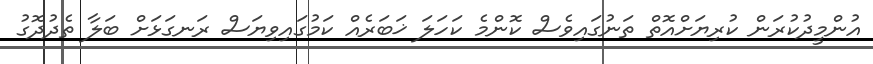
އުންމީދުކުރަން ކުރިޔަށްއޮތް ތަނުގައިވެސް ކޮންމެ ކަހަލަ ޚަބަރެއް ކަމުގައިވިޔަސް ރަނގަޅަށް ބަލާ ތެދުދޮގު